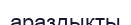
араздықты